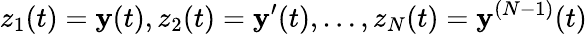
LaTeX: z_{1}(t)=\mathbf{y}(t),z_{2}(t)=\mathbf{y}^{\prime}(t),\ldots,z_{N}(t)=\mathbf{y}^{(N-1)}(t)